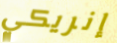
إنريكي